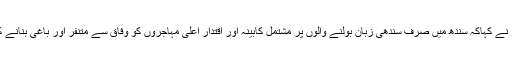
ڈاکٹر سلیم حیدر نے کہاکہ سندھ میں صرف سندھی زبان بولنے والوں پر مشتمل کابینہ اور اقتدار اعلیٰ مہاجروں کو وفاق سے متنفر اور باغی بنانے کیلئے کافی ہے۔